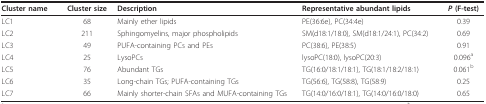
<table><thead><tr><td><b>Cluster name</b></td><td><b>Cluster size</b></td><td><b>Description</b></td><td><b>Representative abundant lipids</b></td><td><b><i>P </i>(F-test)</b></td></tr></thead><tbody><tr><td>LC1</td><td>68</td><td>Mainly ether lipids</td><td>PE(36:6e), PC(34:4e)</td><td>0.39</td></tr><tr><td>LC2</td><td>211</td><td>Sphingomyelins, major phospholipids</td><td>SM(d18:1/18:0), SM(d18:1/24:1), PC(34:2)</td><td>0.69</td></tr><tr><td>LC3</td><td>49</td><td>PUFA-containing PCs and PEs</td><td>PC(38:6), PE(38:5)</td><td>0.91</td></tr><tr><td>LC4</td><td>25</td><td>LysoPCs</td><td>lysoPC(18:0), lysoPC(20:3)</td><td>0.096<sup>a</sup></td></tr><tr><td>LC5</td><td>76</td><td>Abundant TGs</td><td>TG(16:0/18:1/18:1), TG(18:1/18:2/18:1)</td><td>0.061<sup>b</sup></td></tr><tr><td>LC6</td><td>35</td><td>Long-chain TGs; PUFA-containing TGs</td><td>TG(56:6), TG(58:8), TG(58:9)</td><td>0.25</td></tr><tr><td>LC7</td><td>66</td><td>Mainly shorter-chain SFAs and MUFA-containing TGs</td><td>TG(14:0/16:0/18:1), TG(14:0/16:0/18:0)</td><td>0.65</td></tr></tbody></table>